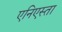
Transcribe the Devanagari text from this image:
एनिएस्ता